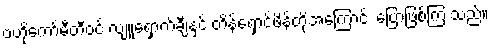
ဗဟိုကော်မီတီဝင် လျူရှောက်ချီနှင့် တိန့်ရှောင်ဖိန်တို့အကြောင်း ပြောဖြစ်ကြ သည်။